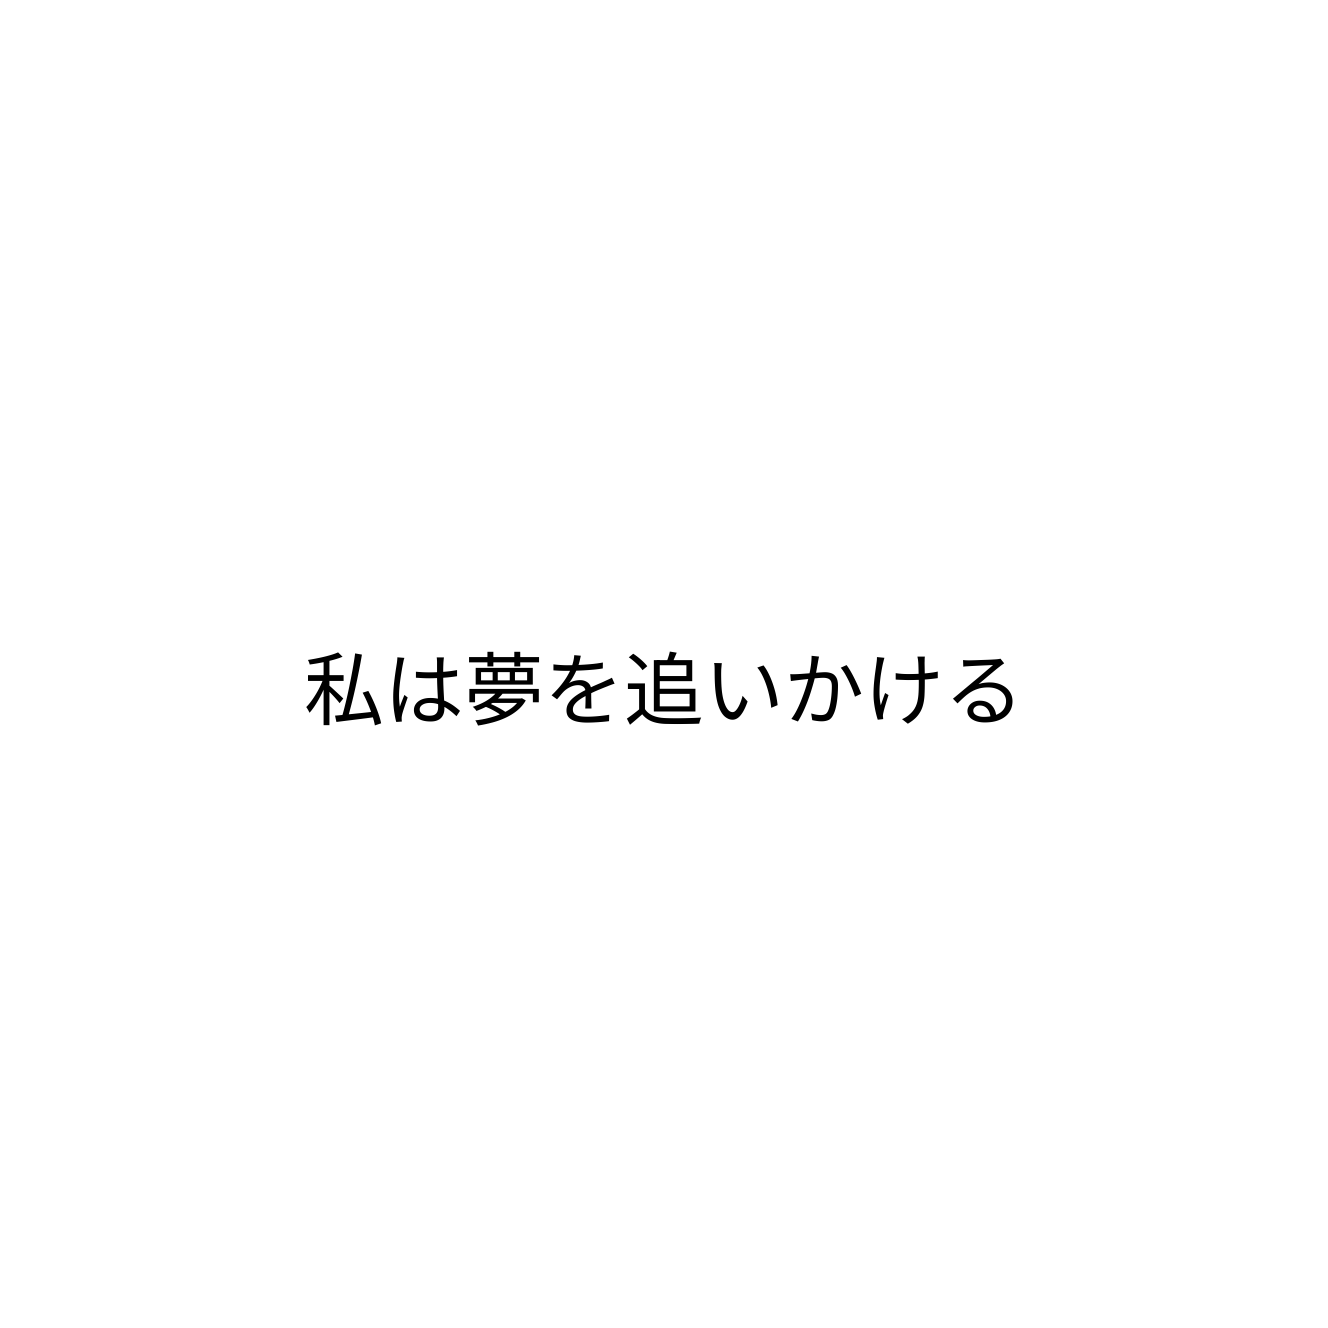
私は夢を追いかける